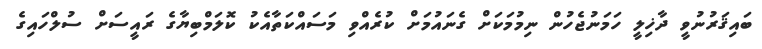
ބައިޤަރުނުވީ ދާޚިލީ ހަމަނުޖެހުން ނިމުމަކަށް ގެނައުމަށް ކުރެއްވި މަސައްކަތާއެކު ކޮލަމްބިޔާގެ ރައީސަށް ސުލްހައިގެ